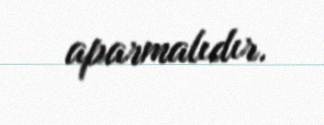
aparmalıdır.